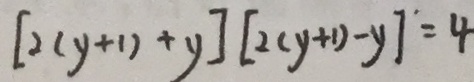
[ 2 ( y + 1 ) + y ] [ 2 ( y + 1 ) - y ] = 4